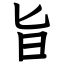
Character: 旨